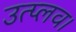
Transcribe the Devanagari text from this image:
उत्प्लव।